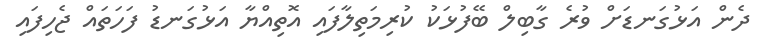
ދެން އަޅުގަނޑަށް ވުރެ ގާބިލް ބޭފުޅަކު ކުރިމަތިލާފައި އޮތިއްޔާ އަޅުގަނޑު ފަހަތައް ޖެހިފައި